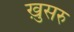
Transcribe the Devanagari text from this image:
ख़ुसरु